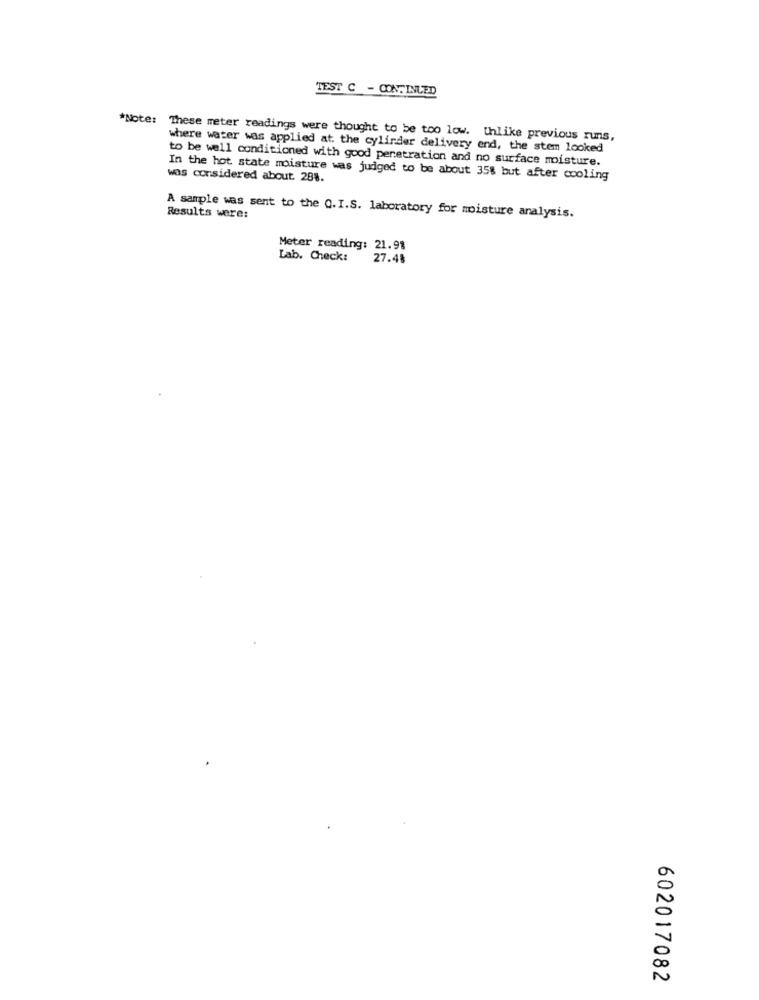
TEST C - CONTINUED
*Note: These meter readings were thought to be too low. Unlike previous runs,
where water was applied at the cylinder delivery end, the stem looked
to be well conditioned with good penetration and no surface moisture.
was considered about. 288.
In the hot state moisture was judged to be about 35% but after cooling
A sample was sent to the Q.I.S. laboratory for moisture analysis.
Results were:
Meter reading: 21.93
Lab. Check:
27.48
602017082